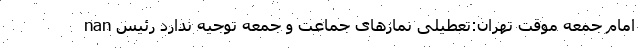
nan امام جمعه موقت تهران:تعطیلی نمازهای جماعت و جمعه توجیه ندارد رئیس